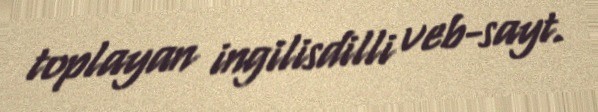
toplayan ingilisdilli veb-sayt.